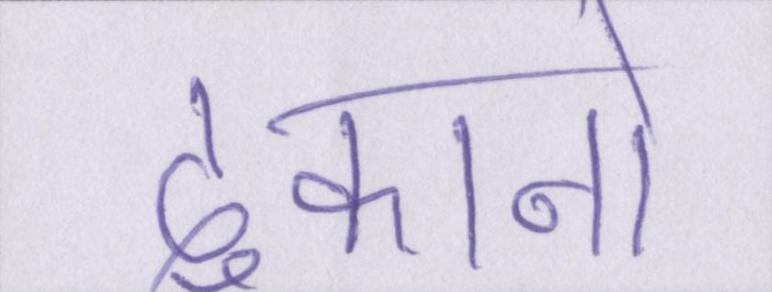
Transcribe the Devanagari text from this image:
दुकानो